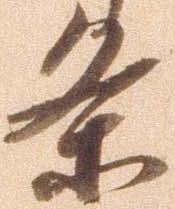
条